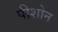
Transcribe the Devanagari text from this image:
पीशोन